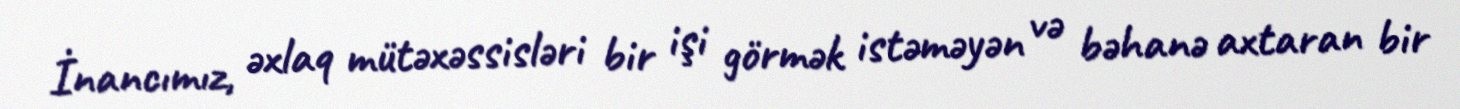
İnancımız, əxlaq mütəxəssisləri bir işi görmək istəməyən və bəhanə axtaran bir